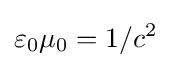
\varepsilon _{0}\mu _{0}=1/c^{2}